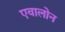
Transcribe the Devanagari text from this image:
एवालोन